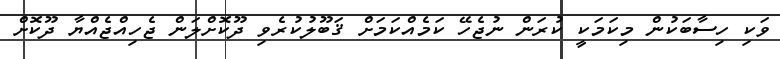
ވަކި ހިސާބަކުން މިކަމަކީ ކުރަން ނުޖެހޭ ކަމެއްކަމަށް ޤަބޫލުކުރެވި ދޫކޮށްލަން ޖެހިއްޖެއްޔާ ދޫކޮށް